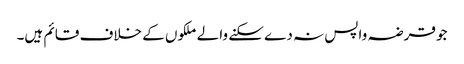
جو قرضہ واپس نہ دے سکنے والے ملکوں کے خلاف قائم ہیں۔